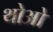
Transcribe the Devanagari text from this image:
थोआे